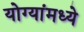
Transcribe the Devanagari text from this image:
योग्यांमध्ये